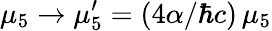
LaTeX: \mu_{5}\to\mu_{5}^{\prime}=(4\alpha/\hbar c)\, \mu_{5}